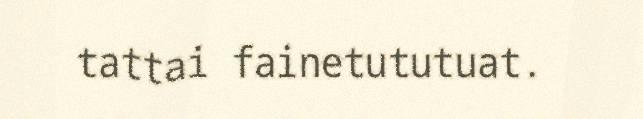
tattai fainetututuat.